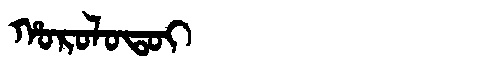
Manchu: ᡥᠣᡵᠣᠯᠣᡨᠣᡳ
Romanization: HOROLOTOI